Lunatic asylums Central Provinces reports 1895-1909 - 1895-1909
Year: 1895
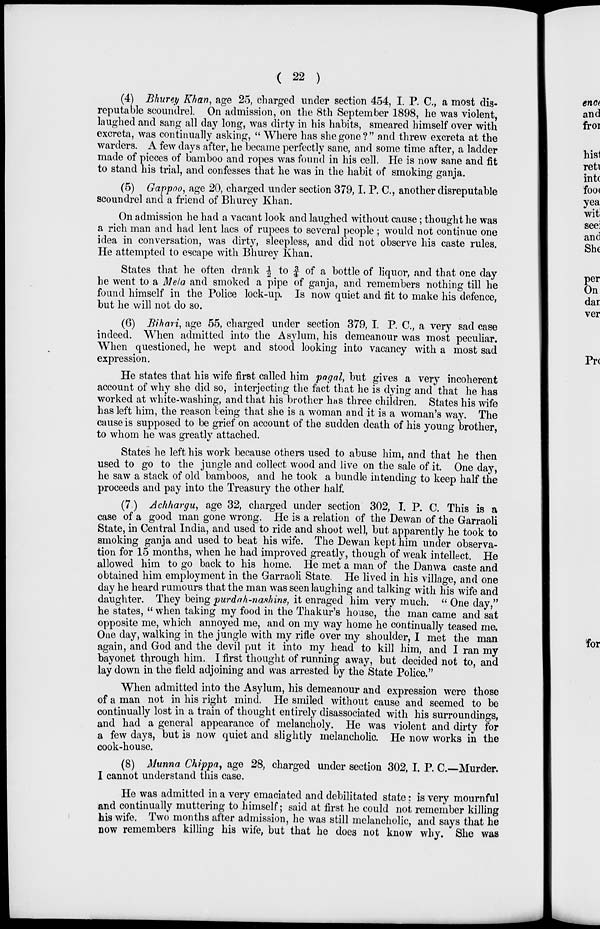
( 22 )
(4) Bhurey Khan, age 25, charged under section 454, I. P.C., a most dis-
reputable scoundrel. On admission, on the 8th September 1898, he was violent,
laughed and sang all day long, was dirty in his habits, smeared himself over with
excreta, was continually asking, " Where has she gone?" and threw excreta at the
warders. A few days after, he became perfectly sane, and some time after, a ladder
made of pieces of bamboo and ropes was found in his cell. He is now sane and fit
to stand his trial, and confesses that he was in the habit of smoking ganja.
(5) Gappoo, age 20, charged under section 379, I. P. C., another disreputable
scoundrel and a friend of Bhurey Khan.
On admission he had a vacant look and laughed without cause; thought he was
a rich man and had lent lacs of rupees to several people ; would not continue one
idea in conversation, was dirty, sleepless, and did not observe his caste rules.
He attempted to escape with Bhurey Khan.
States that he often drank ½ to ¾ of a bottle of liquor, and that one day
he went to a Mela and smoked a pipe of ganja, and remembers nothing till he
found himself in the Police lock-up. Is now quiet and fit to make his defence,
but he will not do so.
(6) Bihari, age 55, charged under section 379, I. P. C., a very sad case
indeed. When admitted into the Asylum, his demeanour was most peculiar.
When questioned, he wept and stood looking into vacancy with a most sad
expression.
He states that his wife first called him pagal , but gives a very incoherent
account of why she did so, interjecting the fact that he is dying and that he has
worked at white-washing, and that his brother has three children. States his wife
has left him, the reason being that she is a woman and it is a woman's way. The
cause is supposed to be grief on account of the sudden death of his young brother,
to whom he was greatly attached.
States he left his work because others used to abuse him, and that he then
used to go to the jungle and collect wood and live on the sale of it. One day,
he saw a stack of old bamboos, and he took a bundle intending to keep half the
proceeds and pay into the Treasury the other half.
(7) Achhargu, age 32, charged under section 302, I. P. C. This is a
case of a good man gone wrong. He is a relation of the Dewan of the Garraoli
State, in Central India, and used to ride and shoot well, but apparently he took to
smoking ganja and used to beat his wife. The Dewan kept him under observa-
tion for 15 months, when he had improved greatly, though of weak intellect. He
allowed him to go back to his home. He met a man of the Danwa caste and
obtained him employment in the Garraoli State. He lived in his village, and one
day he heard rumours that the man was seen laughing and talking with his wife and
daughter. They being purdah-nashins, it enraged him very much. " One day,"
he states, "when taking my food in the Thakur's house, the man came and sat
opposite me, which annoyed me, and on my way home he continually teased me.
One day, walking in the jungle with my rifle over my shoulder, I met the man
again, and God and the devil put it into my head to kill him, and I ran my
bayonet through him. I first thought of running away, but decided not to, and
lay down in the field adjoining and was arrested by the State Police."
When admitted into the Asylum, his demeanour and expression were those
of a man not in his right mind. He smiled without cause and seemed to be
continually lost in a train of thought entirely disassociated with his surroundings,
and had a general appearance of melancholy. He was violent and dirty for
a few days, but is now quiet and slightly melancholic. He now works in the
cook-house.
(8) Munna Chippa, age 28, charged under section 302, I. P. C.—Murder.
I cannot understand this case.
He was admitted in a very emaciated and debilitated state ; is very mournful
and continually muttering to himself; said at first he could not remember killing
his wife. Two months after admission, he was still melancholic, and says that he
now remembers killing his wife, but that he does not know why. She was